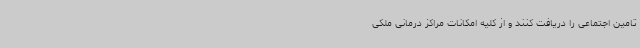
تامین اجتماعی را دریافت کنند و از کلیه امکانات مراکز درمانی ملکی